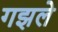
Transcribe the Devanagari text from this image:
गझले